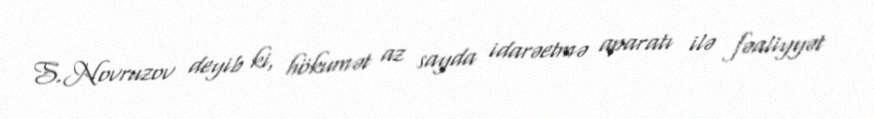
S.Novruzov deyib ki, hökumət az sayda idarəetmə aparatı ilə fəaliyyət